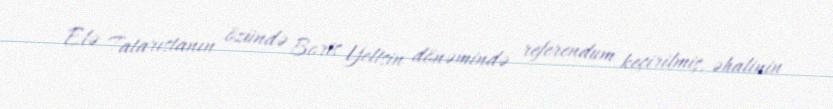
Elə Tatarıstanın özündə Boris Yeltsin dönəmində referendum keçirilmiş, əhalinin